Vana-Kasaritsa_(Kasaritsa)_vallavalitsus, lk 25
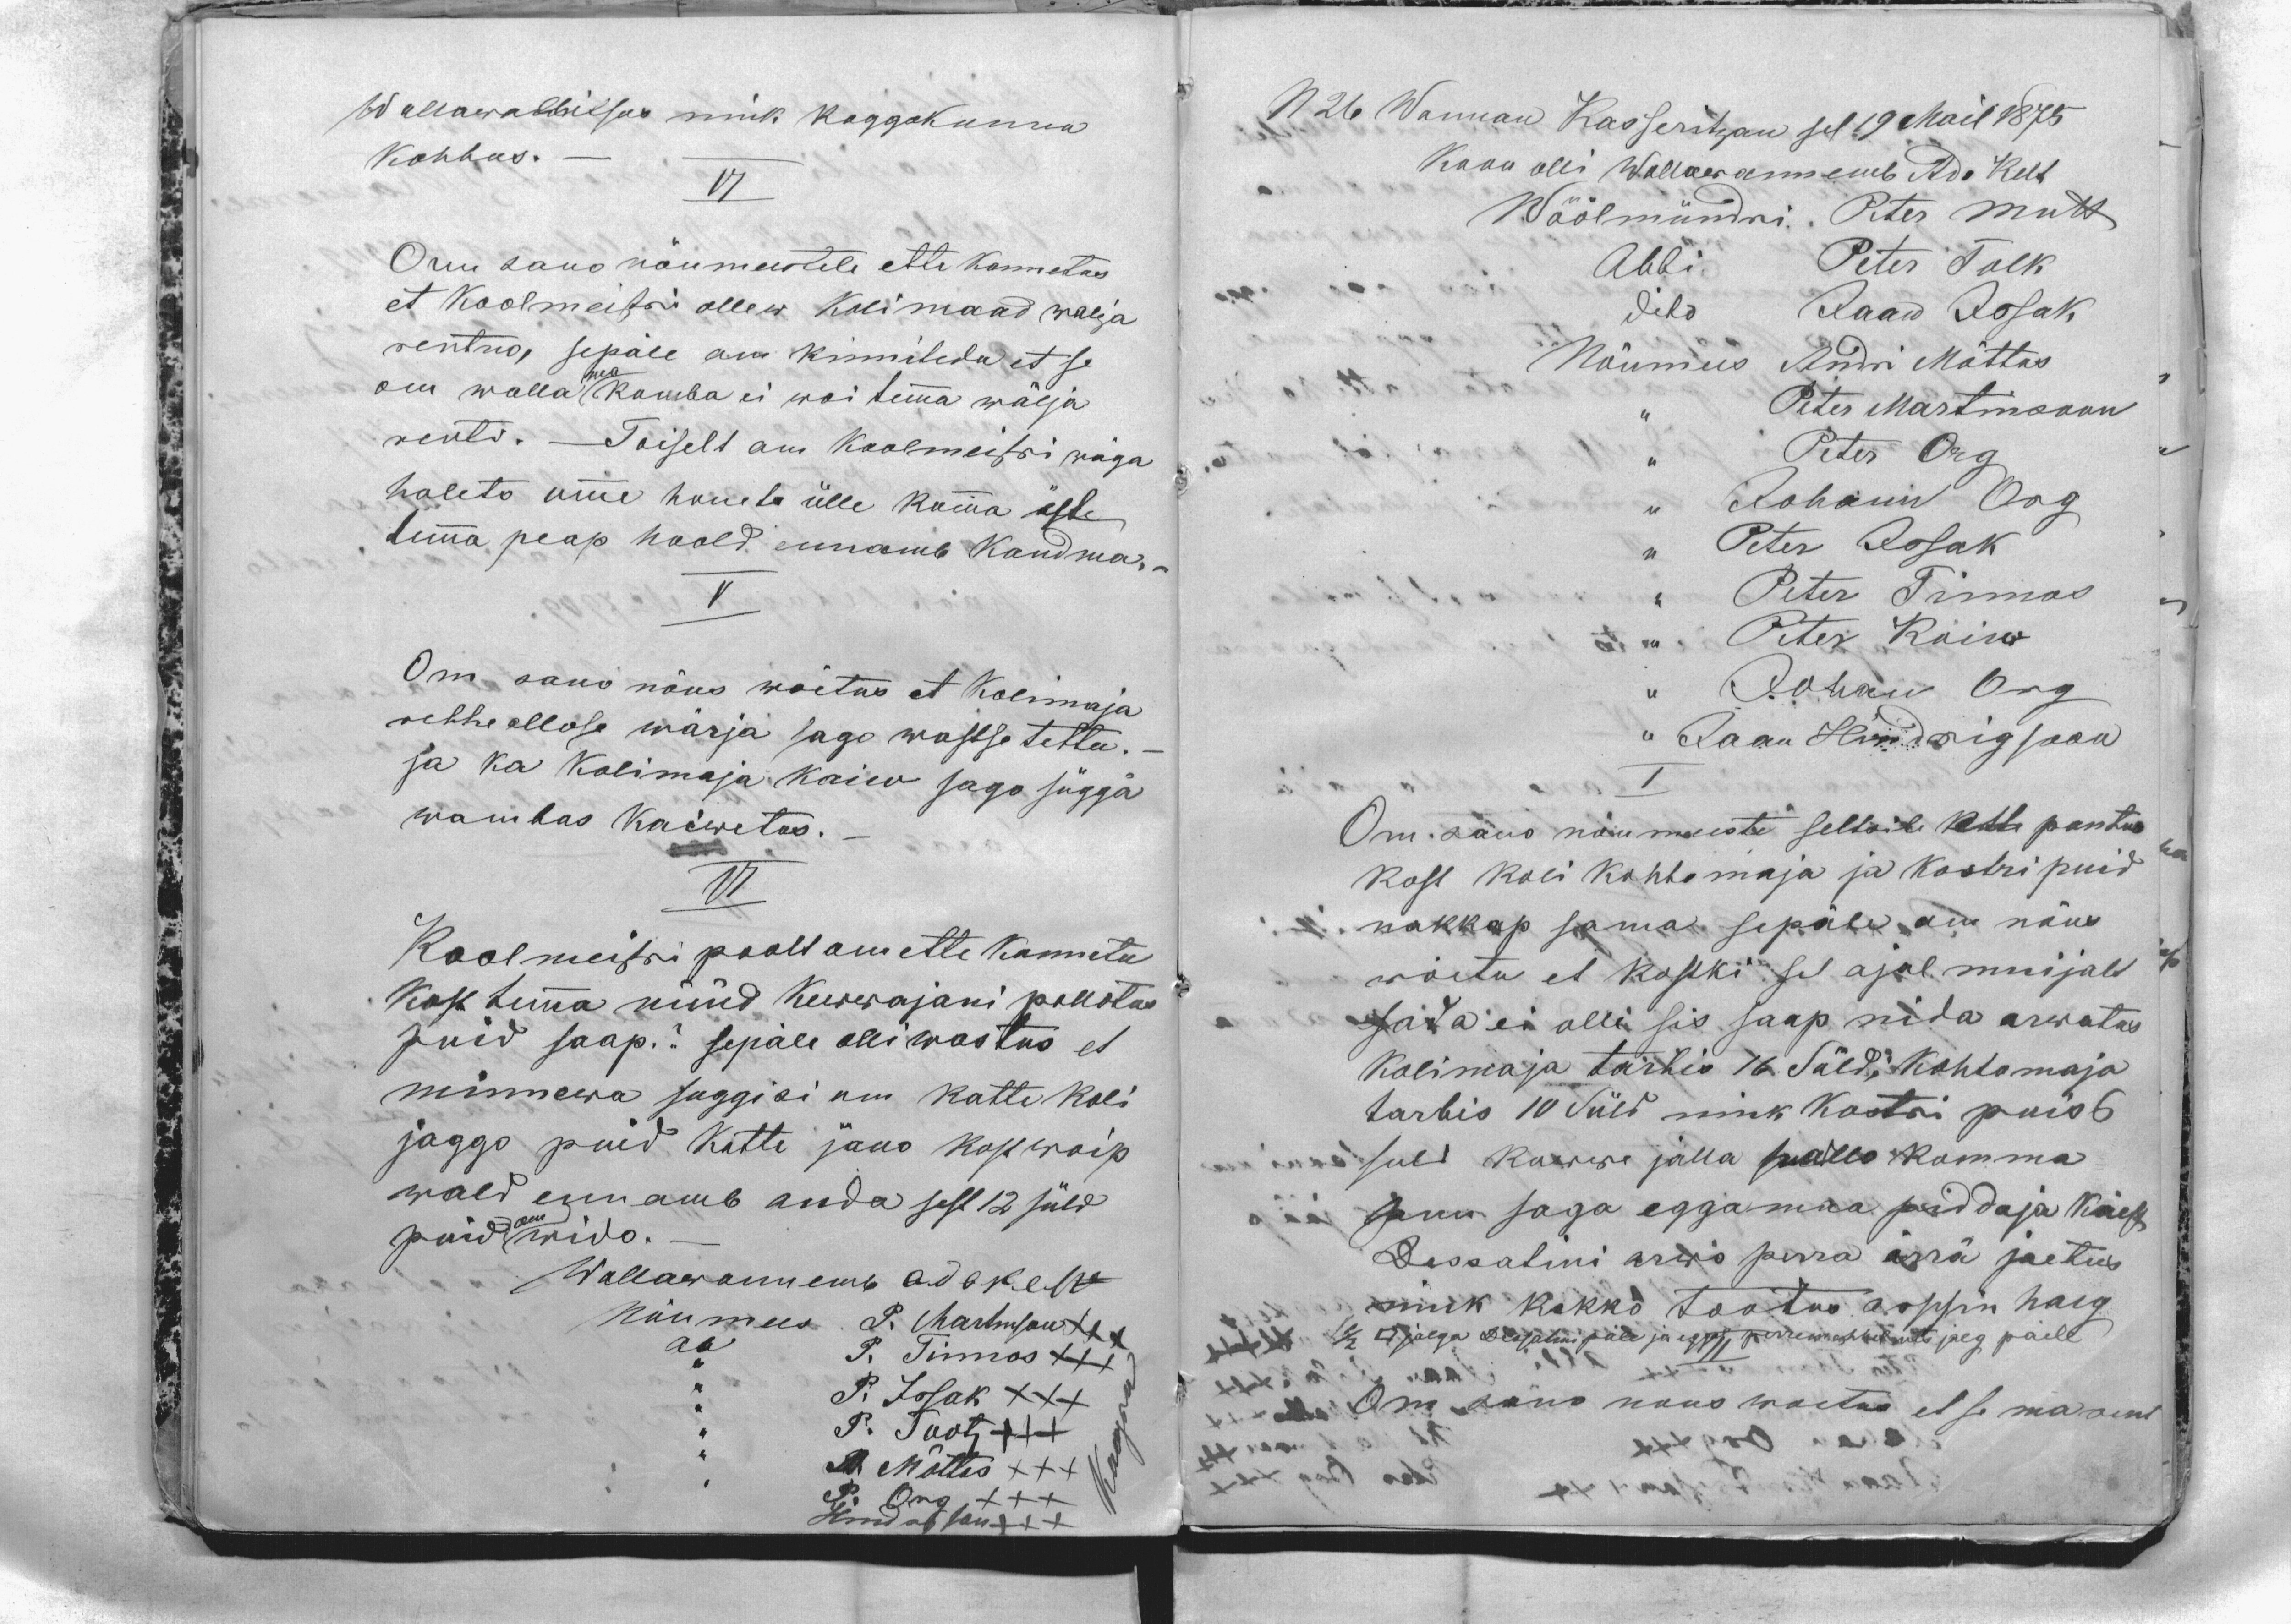
Wallawallitsus nink koggokonna
Kohhus.-
IV
Om sano nõumeestele ette kannetas
et Koolmeistri ollew Kolimaad walja
rentno, sepäle om kinnitedu et se
om walla ma kumba ei wõi temma wälja
renti. - Toiselt om Koolmeistri wäga
holeto omme honete ülle kumma äste
temma peap hoold ennamb kandma.-
V
Om sano nõus wõetus et Kolimaja
rehhe allose wärja sago wastse tettu.-
ja ka Kolimaja kaiw sago süggä
wambas kaiwetus.-
VI
Koolmeistri poolt om ette kannetu
kost temma nüüd kewwajani pollotus
puid saap.? sepäle olli wastus et
minnewa suggisi om katte koli
jaggo puid katte jäno kost woip
wald ennamb anda sest 12 süld
puid om wido.-
Wallawannemb Ado Kelt
Nõumees P. Martinson XXX
Abi P. Tinnos XXX
,, P. Issak XXX
,, P. Toots XXX
Kangru
,, A. Mõttus XXX
,, P. Org XXX
Hindregson XXX

N 26 Wannan Kasseritzan sel 19 Mail 1875
Koon olli Wallawannemb Ado Kelt
Wöölmündri Peter Mutt
Abbi Peter Tolk
dito, Jaan Issak
Nõumees Andri Mõttus
,, Peter Martinsoon
,, Peter Org
,, Johann Org
,, Peter Issak
,, Peter Tinnos
,, Peter Koiw
,, Johan Org
,, Jaan Hindrigsoon
I
Om sano nõumeeste seltsile ette pantus
kost koli kohtomaja ja kostri puid
nakkap sama sepäle om nõus
wõetu et kostki sel ajal muijalt
sada ei olli sis saap nida arwatas
Kolimaja tarbis 16 Süld; Kohtomaja
tarbis 10 Süld nink kostri puis 6
suld kuwwe jalla pallo komma
puu saga egga maa piddaja käest
Dessatini arwo perra ärrä jaetus
nink kokko tootus arssin halg
1/2 □ jalga Dessatini päle ja eggal peremehhel uts  jalg päele
II
Om sano nous woetus et se ma om